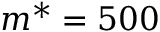
m ^ { * } = 5 0 0